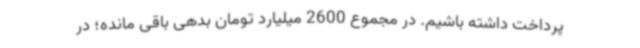
پرداخت داشته باشیم. در مجموع 2600 میلیارد تومان بدهی باقی مانده؛ در